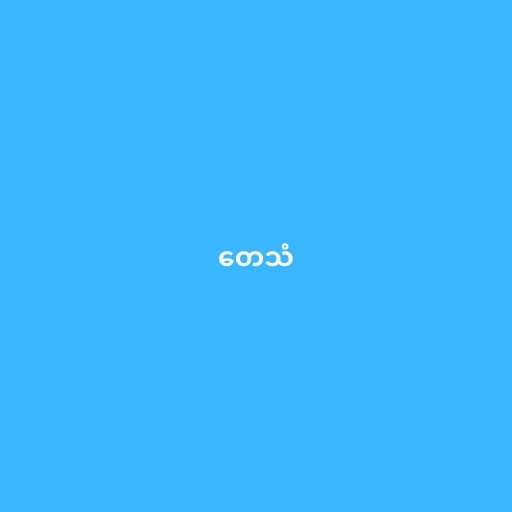
တေသံ